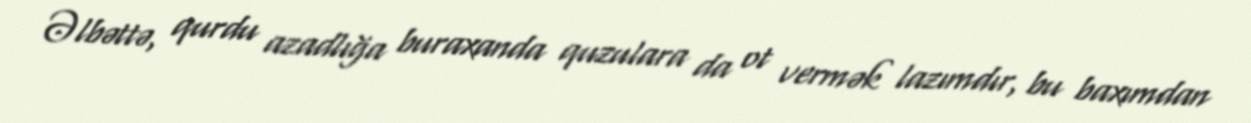
Əlbəttə, qurdu azadlığa buraxanda quzulara da ot vermək lazımdır, bu baxımdan